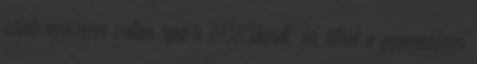
szinte egyszerre váltak apává 273Kiderült, mi állhat a gyermekkori